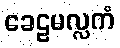
ခေဠမလ္လကံ